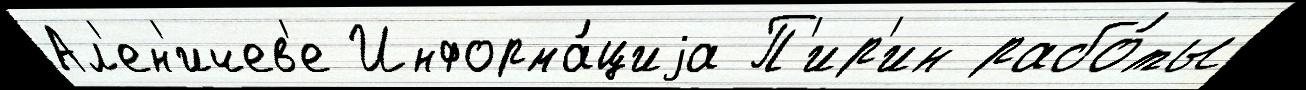
Ал'ен'ичев'е Информа́циjа П'ир'ин рабо́ты